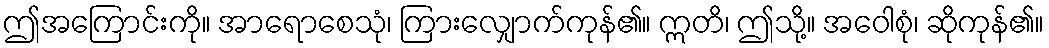
ဤအကြောင်းကို။ အာရောစေသုံ၊ ကြားလျှောက်ကုန်၏။ ဣတိ၊ ဤသို့။ အဝေါစုံ၊ ဆိုကုန်၏။